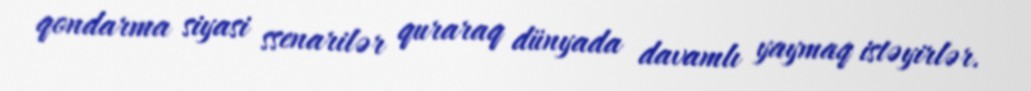
qondarma siyasi ssenarilər quraraq dünyada davamlı yaymaq istəyirlər.